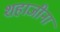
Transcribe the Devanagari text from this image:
शहाजीना